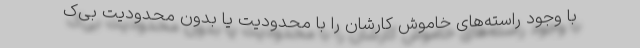
با وجود راسته‌های خاموش کارشان را با محدودیت یا بدون محدودیت بی‌ک